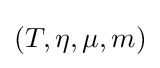
(T,\eta ,\mu ,m)